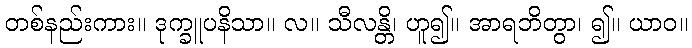
တစ်နည်းကား။ ဒုက္ခူပနိသာ။ လ။ သီလန္တိ၊ ဟူ၍။ အာရဘိတွာ၊ ၍။ ယာဝ။